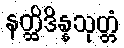
နတ္ထိဒိန္နသုတ္တံ